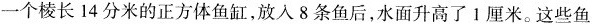
一个棱长14分米的正方体鱼缸，放入8条鱼后，水面升高了1厘米。这些鱼